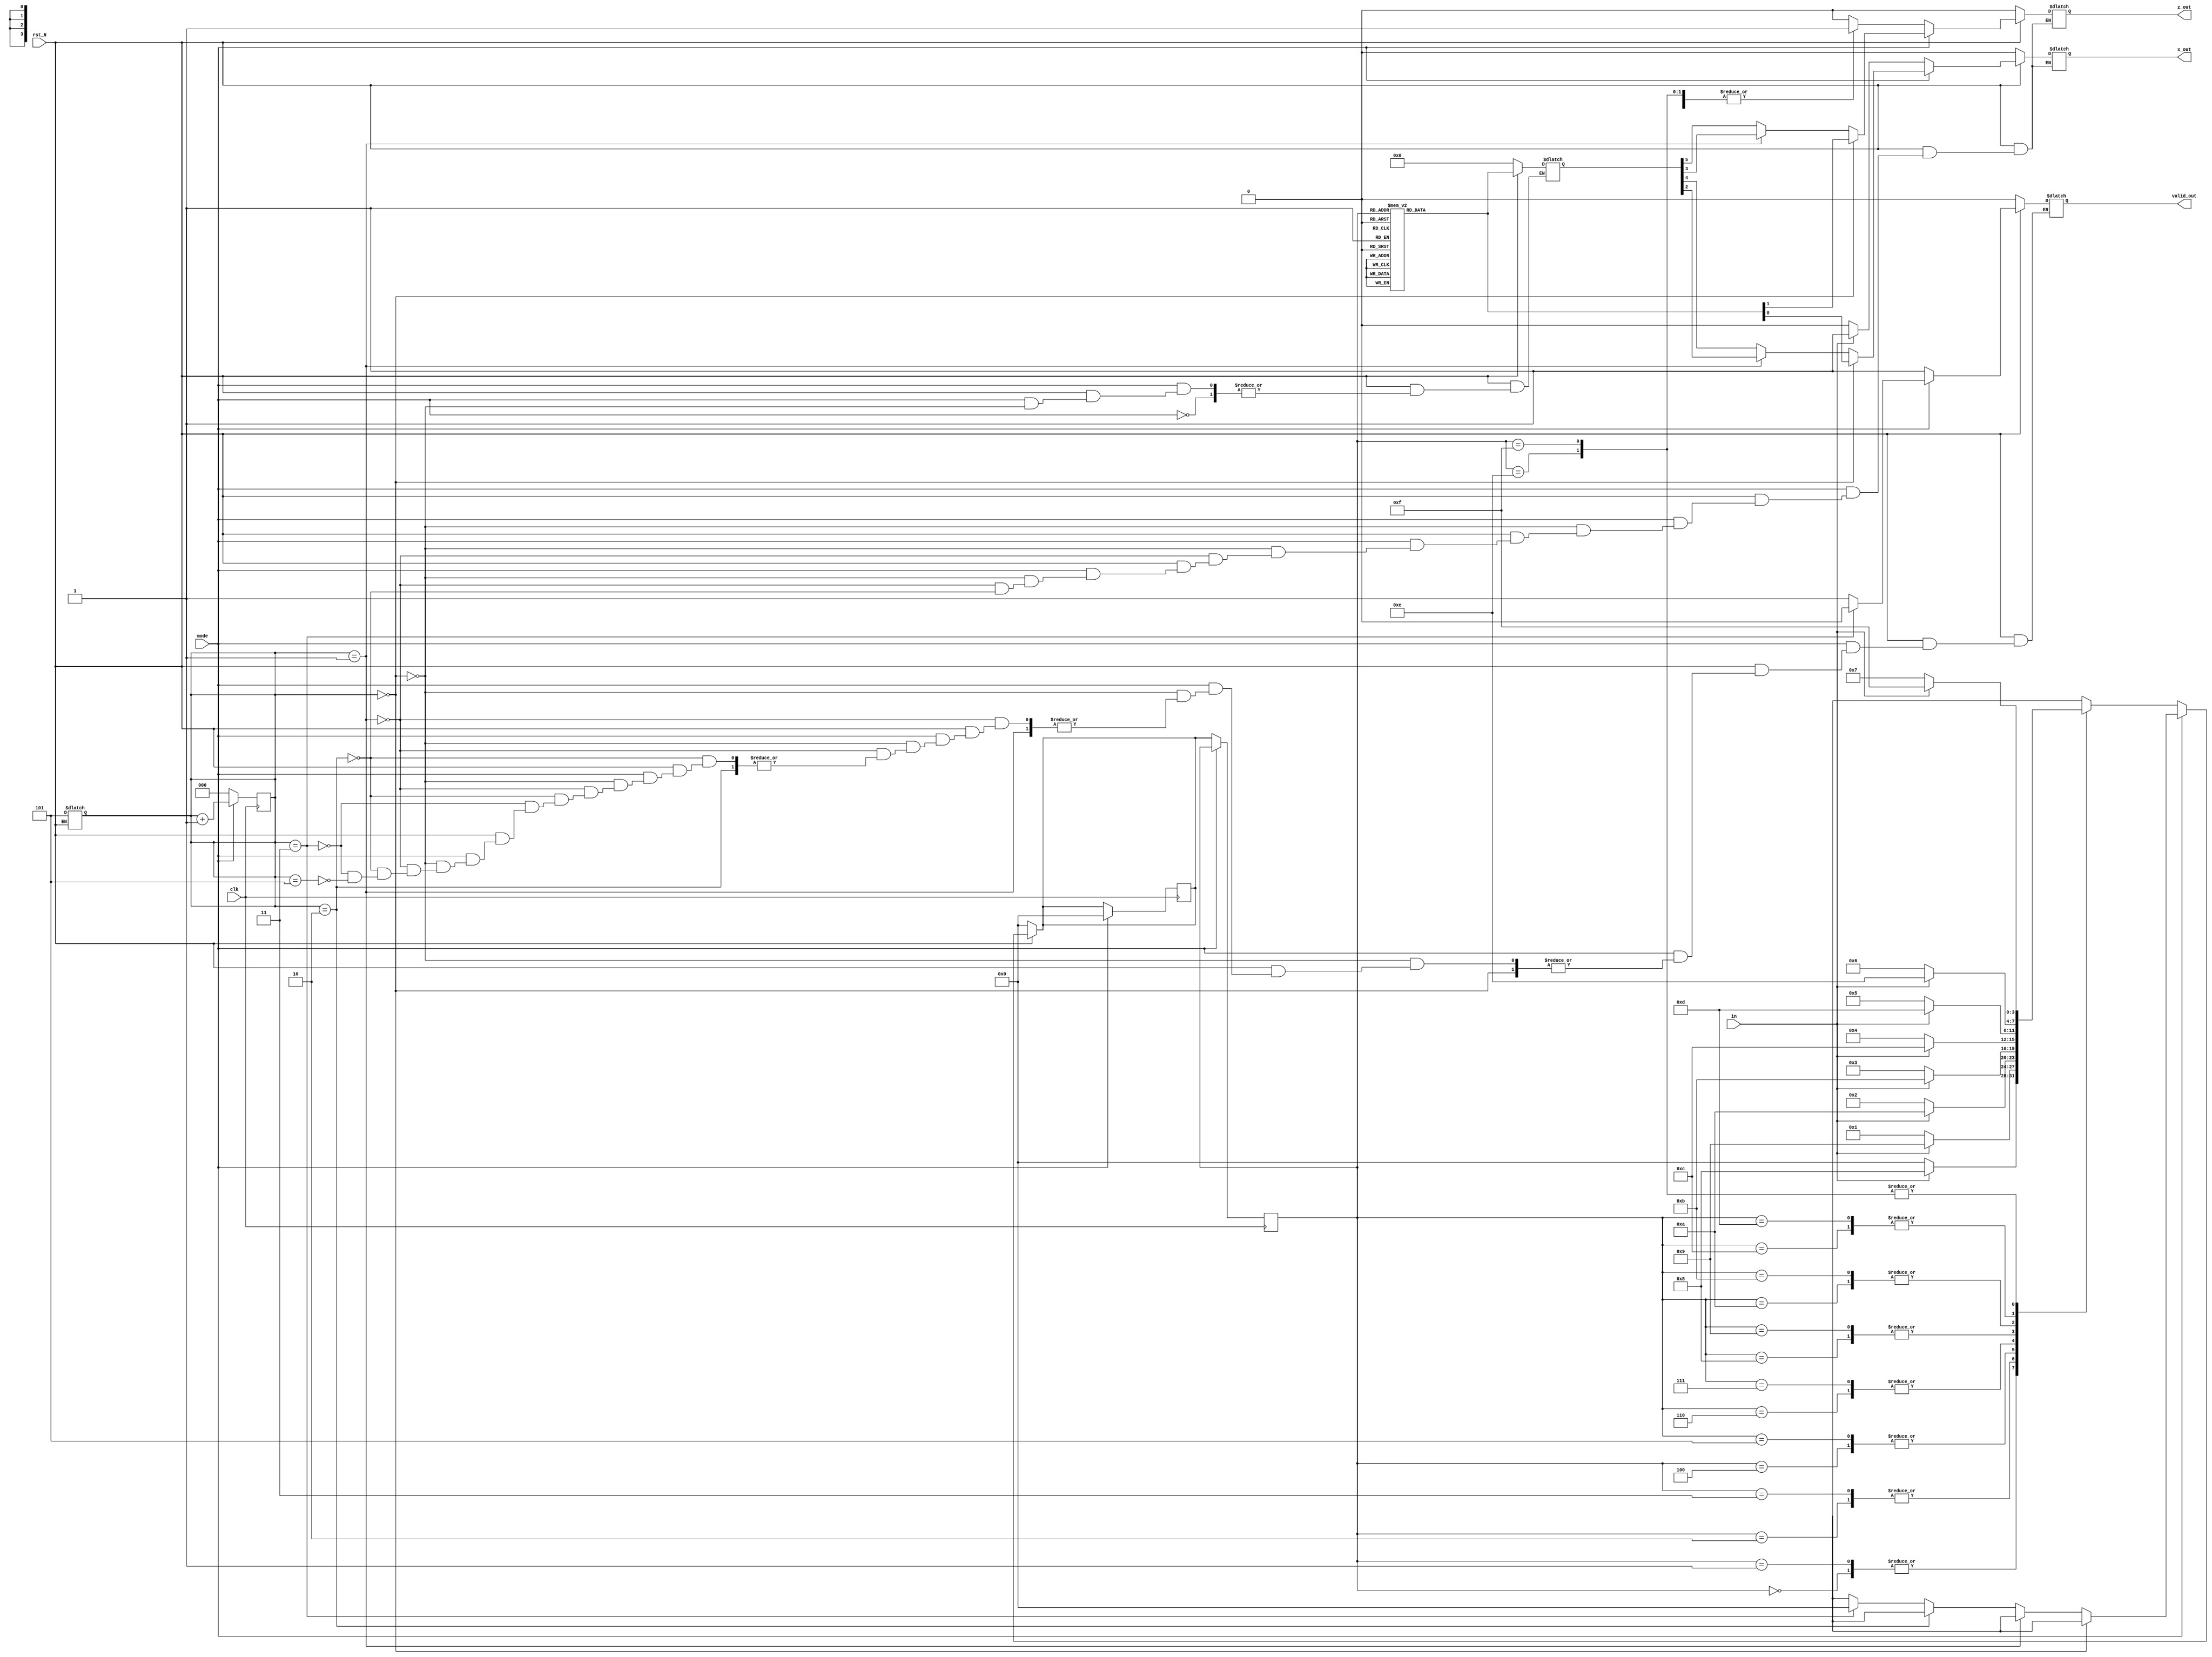
// RSC Block
`timescale 1 ns / 1 ns

module rsc(clk, in, x_out, z_out, rst_N, mode, valid_out);

   input    clk, in, rst_N, mode;
   output x_out, z_out, valid_out;

   wire   clk, in, rst_N, mode;         // 1-bit wide
   wire   x_out, z_out, valid_out;       // 1-bit wide

   reg [3:0] thisState;
   reg [3:0] nextState;
   reg [2:0] count = 3'd0;
   reg       tmp_x_out;
   reg       tmp_z_out;
   reg       tmp_valid_out;
   reg [5:0] tmp_tail_out;

   localparam STATE_0 = 4'd0,
      STATE_1  = 4'd1,
      STATE_2  = 4'd2,
      STATE_3  = 4'd3,
      STATE_4  = 4'd4,
      STATE_5  = 4'd5,
      STATE_6  = 4'd6,
      STATE_7  = 4'd7,
      STATE_8  = 4'd8,
      STATE_9  = 4'd9,
      STATE_10 = 4'd10,
      STATE_11 = 4'd11,
      STATE_12 = 4'd12,
      STATE_13 = 4'd13,
      STATE_14 = 4'd14,
      STATE_15 = 4'd15;


   always @(posedge clk) begin
      //in termination, no change in state
      if (~mode) begin
         thisState <= nextState;
         count = 3'd0;
      end else begin 
         count = count + 1; 
         nextState <= STATE_0; 
      end
   end

   always @(thisState or rst_N or mode or count) begin
      nextState = 4'dx;
      if (~rst_N) begin
         nextState      = STATE_0;
         tmp_x_out      = 1'b0;
         tmp_z_out      = 1'b0;
         tmp_tail_out   = 6'd0;
         count          = 3'd5;
         tmp_valid_out  = 1'b0;
      end
      else begin
         if (~mode) begin
            tmp_valid_out = 1'b1;
            if(in == 1'b1)             
               tmp_x_out = 1'b1;
            else
               tmp_x_out = 1'b0; 

            case(thisState)
               STATE_0 : begin    // 0 0 0 0
                  tmp_z_out = 1'b0;
                  if(in == 1'b0) begin
                     nextState = STATE_0; // 0 0 0 0
                  end
                  else
                     begin
                        nextState = STATE_8; // 1 0 0 0
                     end
               end
               STATE_1 : begin  // 0 0 0 1.
                  tmp_z_out = 1'b0;
                  if(in == 1'b0) begin
                     nextState = STATE_0; // 0 0 0 0
                  end
                  else begin
                     nextState = STATE_8; // 1 0 0 0
                  end
               end
               STATE_2 : begin    // 0 0 1 0
                  tmp_z_out = 1'b1;
                  if(in == 1'b0) begin
                     nextState = STATE_1; // 0 0 0 1

                  end
                  else begin
                     nextState = STATE_9; // 1 0 0 1
                  end
               end
               STATE_3 : begin // 0 0 1 1
                  tmp_z_out = 1'b1;
                  if(in == 1'b0) begin
                     nextState = STATE_1; // 0 0 0 1
                  end
                  else begin
                     nextState = STATE_9; // 1 0 0 1
                  end
               end
               STATE_4 : begin // 0 1 0 0
                  tmp_z_out = 1'b1;
                  if(in == 1'b0) begin
                     nextState = STATE_2; // 0 0 1 0
                  end
                  else begin
                     nextState = STATE_10; // 1 0 1 0
                  end
               end
               STATE_5 : begin // 0 1 0 1
                  tmp_z_out = 1'b1;
                  if(in == 1'b0) begin
                     nextState = STATE_2; // 0 0 1 0
                  end
                  else begin
                     nextState = STATE_10; // 1 0 1 0
                  end
               end
               STATE_6 : begin // 0 1 1 0
                  tmp_z_out = 1'b0;
                  if(in == 1'b0) begin
                     nextState = STATE_3; // 0 0 1 1
                  end
                  else begin
                     nextState = STATE_11; // 1 0 1 1
                  end
               end
               STATE_7 : begin // 0 1 1 1
                  tmp_z_out = 1'b0;
                  if(in == 1'b0) begin
                     nextState = STATE_3; // 0 0 1 1
                  end
                  else begin
                     nextState = STATE_11; // 1 0 1 1
                  end
               end
               STATE_8 : begin  // 1 0 0 0
                  tmp_z_out = 1'b1;
                  if(in == 1'b0) begin
                     nextState = STATE_4; // 0 1 0 0
                  end
                  else begin
                     nextState = STATE_12; // 1 1 0 0
                  end
               end
               STATE_9 : begin // 1 0 0 1
                  tmp_z_out = 1'b1;
                  if(in == 1'b0) begin
                     nextState = STATE_4; // 0 1 0 0
                  end
                  else begin
                     nextState = STATE_12; // 1 1 0 0
                  end
               end
               STATE_10 : begin // 1 0 1 0
                  tmp_z_out = 1'b0;
                  if(in == 1'b0) begin
                     nextState = STATE_5; // 0 1 0 1
                  end
                  else begin
                     nextState = STATE_13; // 1 1 0 1
                  end
               end
               STATE_11 : begin // 1 0 1 1
                  tmp_z_out = 1'b0;
                  if(in == 1'b0) begin
                     nextState = STATE_5; // 0 1 0 1
                  end
                  else begin
                     nextState = STATE_13; // 1 1 0 1
                  end
               end
               STATE_12 : begin // 1 1 0 0
                  tmp_z_out = 1'b0;
                  if(in == 1'b0) begin
                     nextState = STATE_6;  // 0 1 1 0
                  end
                  else begin
                     nextState = STATE_14; // 1 1 1 0
                  end
               end
               STATE_13 : begin // 1 1 0 1
                  tmp_z_out = 1'b0;
                  if(in == 1'b0) begin
                     nextState = STATE_6; // 0 1 1 0
                  end
                  else begin
                     nextState = STATE_14; // 1 1 1 0
                  end
               end
               STATE_14 : begin // 1 1 1 0
                  tmp_z_out = 1'b1;
                  if(in == 1'b0) begin
                     nextState = STATE_7; // 0 1 1 1
                  end
                  else begin
                     nextState = STATE_15; // 1 1 1 1
                  end
               end
               STATE_15 : begin // 1 1 1 1
                  tmp_z_out = 1'b1;
                  if(in == 1'b0) begin
                     nextState = STATE_7; // 0 1 1 1
                  end
                  else begin
                     nextState = STATE_15; // 1 1 1 1
                  end
               end
            endcase
         end
         else begin
            if (count == 3'd0) begin
               case(thisState)
                  STATE_0 : begin    // 0 0 0 0
                     tmp_tail_out = 6'b000000;
                  end
                  STATE_1 : begin  // 0 0 0 1.
                     tmp_tail_out = 6'b110111;
                  end
                  STATE_2 : begin    // 0 0 1 0
                     tmp_tail_out = 6'b101011;
                  end
                  STATE_3 : begin // 0 0 1 1
                     tmp_tail_out = 6'b011100;
                  end
                  STATE_4 : begin // 0 1 0 0
                     tmp_tail_out = 6'b101100;
                  end
                  STATE_5 : begin // 0 1 0 1
                     tmp_tail_out = 6'b011011;
                  end
                  STATE_6 : begin // 0 1 1 0
                     tmp_tail_out = 6'b000111;
                  end
                  STATE_7 : begin // 0 1 1 1
                     tmp_tail_out = 6'b110000;
                  end
                  STATE_8 : begin  // 1 0 0 0
                     tmp_tail_out = 6'b011011;
                  end
                  STATE_9 : begin // 1 0 0 1
                     tmp_tail_out = 6'b101100;
                  end
                  STATE_10 : begin // 1 0 1 0
                     tmp_tail_out = 6'b110000;
                  end
                  STATE_11 : begin // 1 0 1 1
                     tmp_tail_out = 6'b000111;
                  end
                  STATE_12 : begin // 1 1 0 0
                     tmp_tail_out = 6'b110111;
                  end
                  STATE_13 : begin // 1 1 0 1
                     tmp_tail_out = 6'b000000;
                  end
                  STATE_14 : begin // 1 1 1 0
                     tmp_tail_out = 6'b011100;
                  end
                  STATE_15 : begin // 1 1 1 1
                     tmp_tail_out = 6'b101011;
                  end
               endcase
                  tmp_x_out = tmp_tail_out[0];
                  tmp_z_out = tmp_tail_out[1];
                  //count = count + 1;
            end
            else if (count == 3'd1) begin
                  tmp_x_out = tmp_tail_out[2];
                  tmp_z_out = tmp_tail_out[3];
                  //count = count + 1;
            end
            else if (count == 3'd2)begin
                  tmp_x_out = tmp_tail_out[4];
                  tmp_z_out = tmp_tail_out[5];
                  //count = count + 1;
            end
            else if (count == 3'd3) begin 
                  nextState     = STATE_0; 
                  tmp_valid_out = 1'b0; 
            end
            else if (count == 3'd5) begin 
                  //nextState     = STATE_0; 
                  tmp_valid_out = 1'b1; 
            end

         end
      end
   end


   assign x_out = tmp_x_out;
   assign z_out = tmp_z_out;
   assign valid_out = tmp_valid_out; 

endmodule